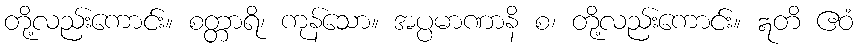
တို့လည်းကောင်း။ စတ္တာရိ၊ ကုန်သော။ အပ္ပမာဏာနိ စ၊ တို့လည်းကောင်း။ ဣတိ ဧဝံ